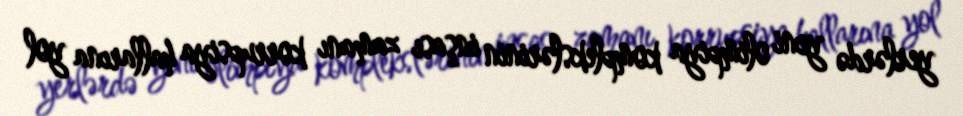
yerlərdə yeni olimpiya komplekslərinin inşası zamanı korrupsiya hallarına yol